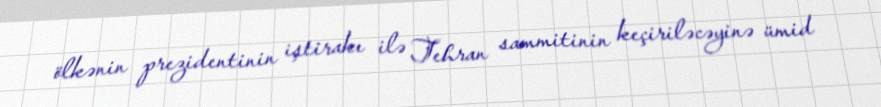
ölkənin prezidentinin iştirakı ilə Tehran sammitinin keçiriləcəyinə ümid